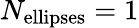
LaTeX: N_{\mathrm{ellipses}}=1